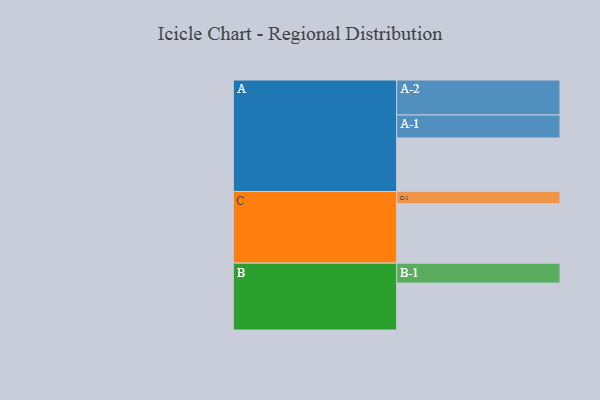
{"axis": {"x": "Segment", "y": "Value"}, "legend": ["", "A", "B", "C"], "data": [{"x": "A", "y": 445, "type": ""}, {"x": "B", "y": 390, "type": ""}, {"x": "C", "y": 494, "type": ""}, {"x": "A-1", "y": 191, "type": "A"}, {"x": "A-2", "y": 291, "type": "A"}, {"x": "B-1", "y": 166, "type": "B"}, {"x": "C-1", "y": 102, "type": "C"}]}